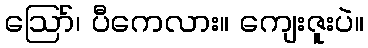
ဩော်၊ ပီကေလား။ ကျေးဇူးပဲ။